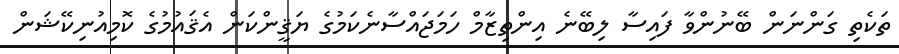
ތަކެތި ގަންނަން ބޭނުންވާ ފައިސާ ލިބޭނެ އިންތިޒާމް ހަމަޖައްސާނެކަމުގެ ޔަޤީންކަން އެޤައުމުގެ ކޮމިއުނިކޭޝަން